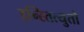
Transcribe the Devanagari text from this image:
इन्स्तित्युतो